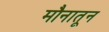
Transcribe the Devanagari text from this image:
मौनातून